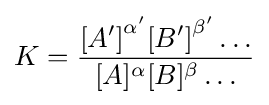
K={\frac {{\left[A'\right]}^{\alpha '}{\left[B'\right]}^{\beta '}\dots }{[A]^{\alpha }[B]^{\beta }\dots }}